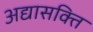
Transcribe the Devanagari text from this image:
अद्यासक्ति